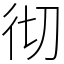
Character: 彻